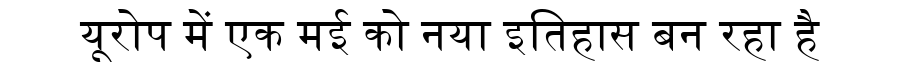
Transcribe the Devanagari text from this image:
यूरोप में एक मई को नया इतिहास बन रहा है